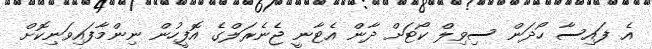
އެ ފައިސާ ހޯދަން ސިވިލް ކޯޓަށް ދާން އެޓާނީ ޖެނެރަލްގެ އޮފީހުން ނިންމާފައިވަނިކޮށް